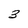
Character: 3